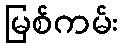
မြစ်ကမ်း